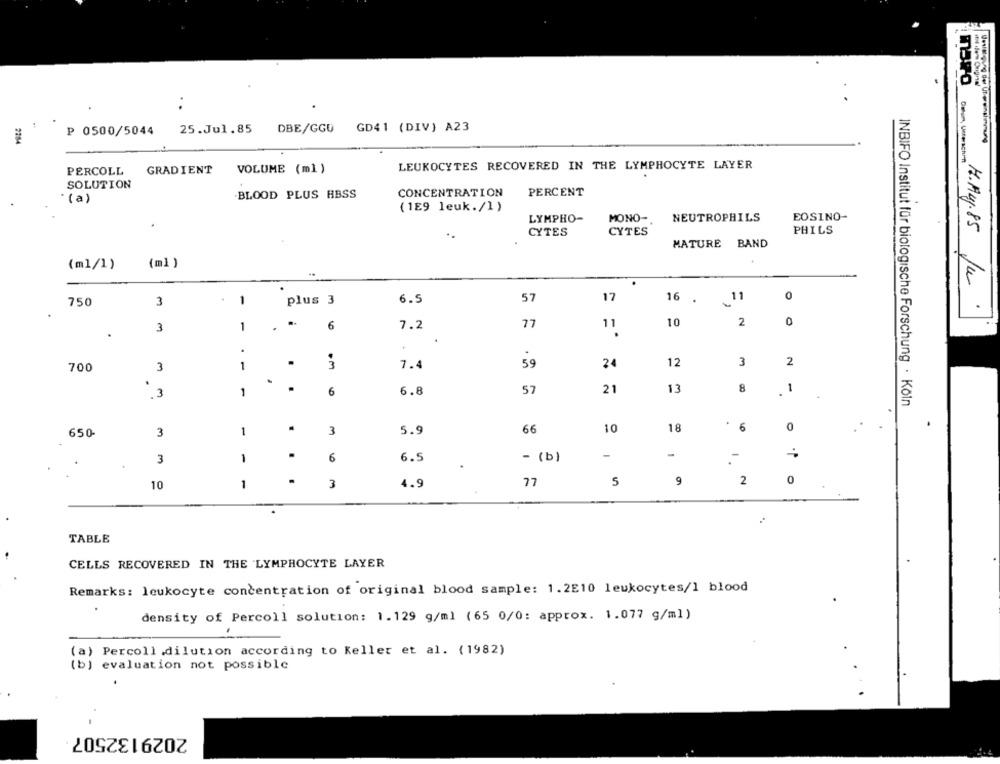
P 0500/5044
25.Jul.85
DBE/GGU
GD41 (DIV) A23
2284
Drin, Unterschrift
LEUKOCYTES RECOVERED IN THE LYMPHOCYTE LAYER
PERCOLL
GRADIENT
VOLUME (ml)
SOLUTION
CONCENTRATION
PERCENT
*(a)
.BLOOD PLUS HBSS
(1E9 leuk./1)
LYMPHO-
MONO-
NEUTROPHILS
EOSINO-
PHILS
CYTES
CYTES
MATURE
BAND
(ml/1)
(ml )
.
6.5
57
17
16 .
11
0
750
3
plus 3
H.Aug.85 Ju.
.
10
2
0
3
1
6
7.2
77
11
.
700
1
3
7.4
59
24
12
3
2
3
.
.
57
21
13
8
1
3
1
6
6.8
INBIFO Institut für biologische Forschung · Köln
.
66
10
18
6
0
650-
3
1
3
5.9
1
6
6.5
- (b)
-
-
-
3
5
9
2
0
10
1
3
4.9
77
TABLE
CELLS RECOVERED IN THE LYMPHOCYTE LAYER
Remarks: leukocyte concentration of original blood sample: 1.2E10 leukocytes/1 blood
density of Percoll solution: 1.129 g/ml (65 0/0: approx. 1.077 g/ml)
(a) Percoll dilution according to Keller et al. ( 1982)
(b) evaluation not possible
.
2029132507